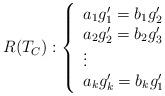
LaTeX: \begin{align*}R(T_C): \left\{\begin{array}{l}a_1g_1'=b_1g_2'\\a_2g_2'=b_2g_3'\\\vdots\\a_kg_k'=b_kg_1'\\\end{array} \right.\end{align*}